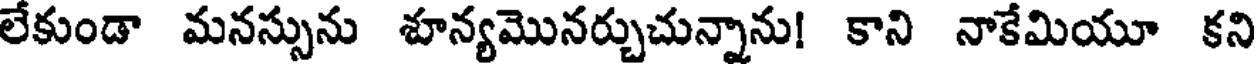
లేకుండా మనస్సును శూన్యమొనర్చుచున్నాను! కాని నాకేమియూ కని